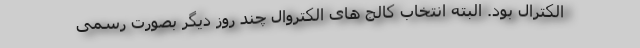
الکترال بود. البته انتخاب کالج های الکتروال چند روز دیگر بصورت رسمی